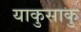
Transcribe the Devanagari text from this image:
याकुसाकु